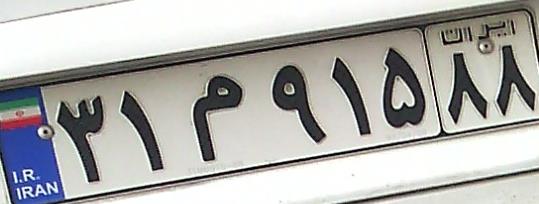
۳۱م۹۱۵۸۸